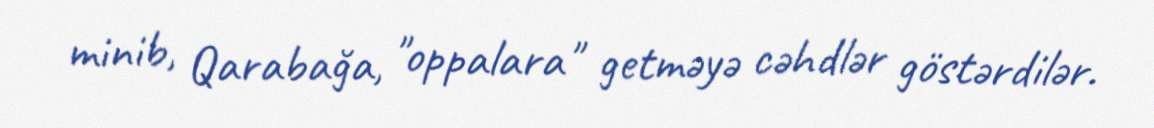
minib, Qarabağa, "oppalara" getməyə cəhdlər göstərdilər.